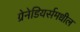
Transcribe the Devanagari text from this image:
ग्रेनेडियर्समधील